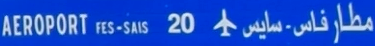
AEROPORT FES-SAIS